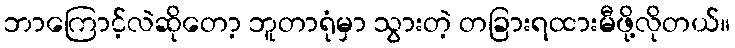
ဘာကြောင့်လဲဆိုတော့ ဘူတာရုံမှာ သွားတဲ့ တခြားရထားမီဖို့လိုတယ်။